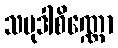
သမုဒါစိဏ္ဏော